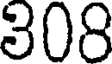
308